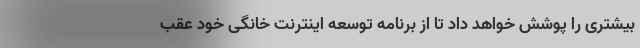
بیشتری را پوشش خواهد داد تا از برنامه توسعه اینترنت خانگی خود عقب